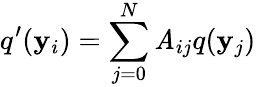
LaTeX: q^{\prime}(\mathbf{y}_{i})=\sum_{j=0}^{N}\mathit{A}_{ij}q(\mathbf{y}_{j})